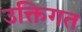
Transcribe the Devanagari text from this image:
उक्तिगत